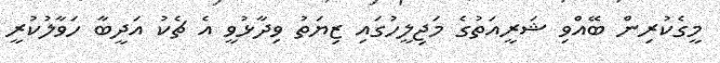
މީގެކުރިން ބޭއްވި ޝަރީއަތުގެ މަޖިލީހުގައި ޒިޔަތު ވިދާޅުވީ އެ ޗެކު އަދީބާ ހަވާލުކުރީ